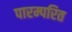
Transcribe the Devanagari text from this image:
पारम्परित